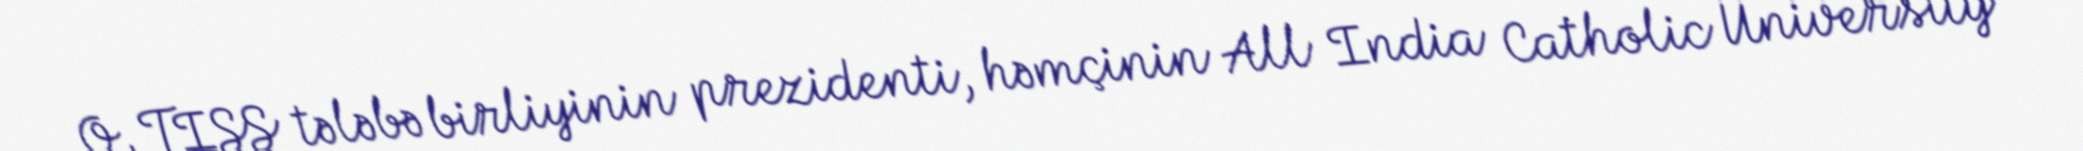
O, TISS tələbə birliyinin prezidenti, həmçinin All India Catholic University